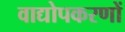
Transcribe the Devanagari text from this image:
वाद्योपकरणों